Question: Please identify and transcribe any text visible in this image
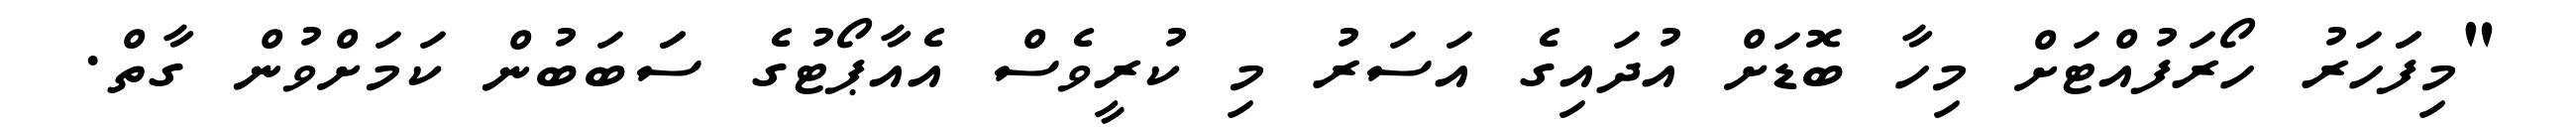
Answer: "މިފަަހަރު ހޯރަފުއްޓަށް މިހާ ބޮޑަށް އުދައިގެ އަސަރު މި ކުރީވެސް އެއާޕޯޓުގެ ސަަބަބުން ކަމަށްވުން ގާތް.